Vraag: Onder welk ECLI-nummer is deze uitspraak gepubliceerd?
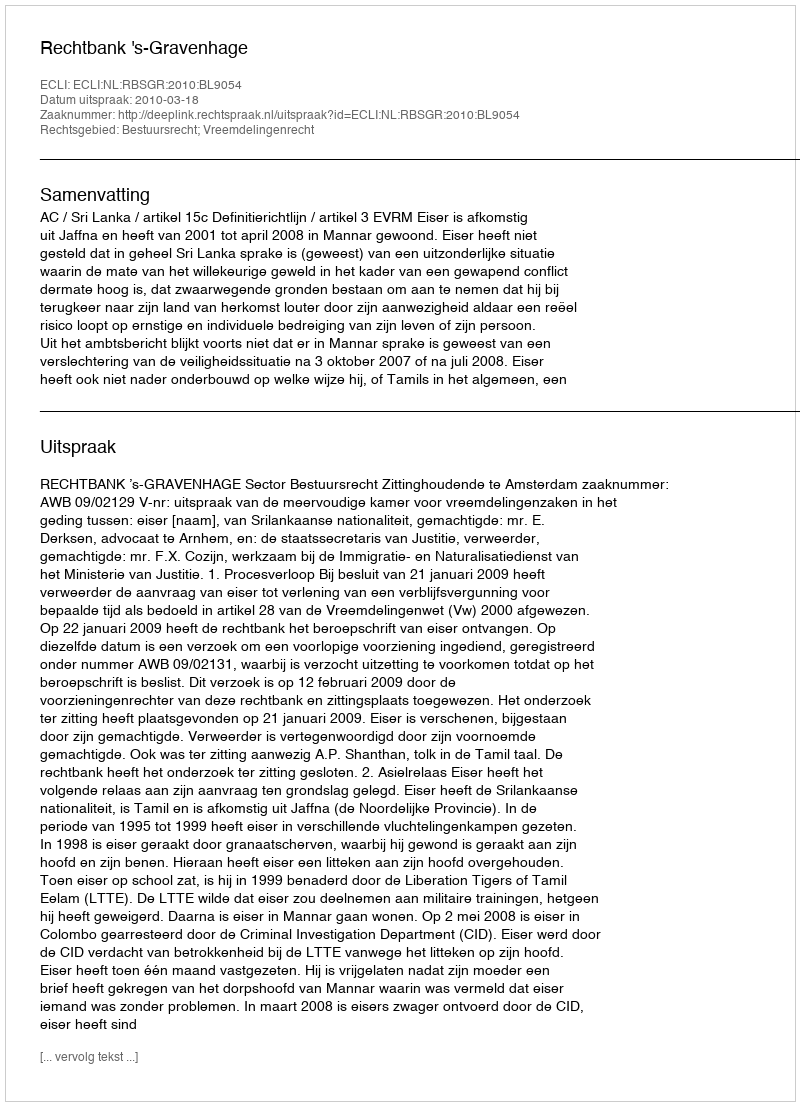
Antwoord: ECLI:NL:RBSGR:2010:BL9054